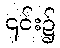
၎င်း၌